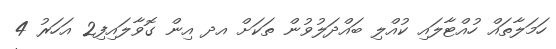
ހަމަލާތައް ހުއްޓާލައި ކުއްލި ބައްދަލުވުން ތަކަށް އދ އިން ގޮވާލައިފި2 އަހަރު 4